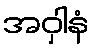
အဝှါနံ